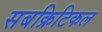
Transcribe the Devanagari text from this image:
सबक्रिटिकल